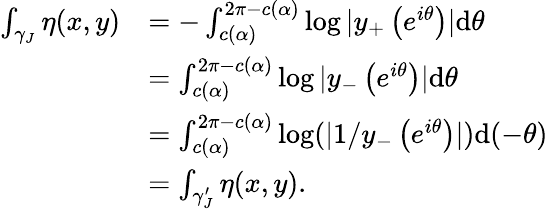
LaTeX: \begin{array}{rl}{\int_{\gamma_{J}}\eta(x,y)}&{=-\int_{c(\alpha)}^{2\pi-c(\alpha)}\log|y_{+}\left(e^{i\theta}\right)|\mathrm d\theta}\\ &{=\int_{c(\alpha)}^{2\pi-c(\alpha)}\log|y_{-}\left(e^{i\theta}\right)|\mathrm d\theta}\\ &{=\int_{c(\alpha)}^{2\pi-c(\alpha)}\log(|1/y_{-}\left(e^{i\theta}\right)|)\mathrm d(-\theta)}\\ &{=\int_{\gamma_{J}^{\prime}}\eta(x,y).}\end{array}